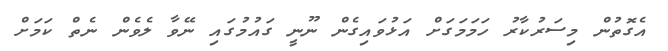
އެގޮތުން މިސަރުކާރު ހަމަމަގަށް އަޅުވައިގެން ނޫނީ ގައުމުގައި ނޭވާ ލެވެން ނެތް ކަމަށް